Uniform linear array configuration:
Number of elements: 12
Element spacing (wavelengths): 0.75
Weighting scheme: binomial
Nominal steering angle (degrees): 30
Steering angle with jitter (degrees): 29.524
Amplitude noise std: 0.05
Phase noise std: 0.05

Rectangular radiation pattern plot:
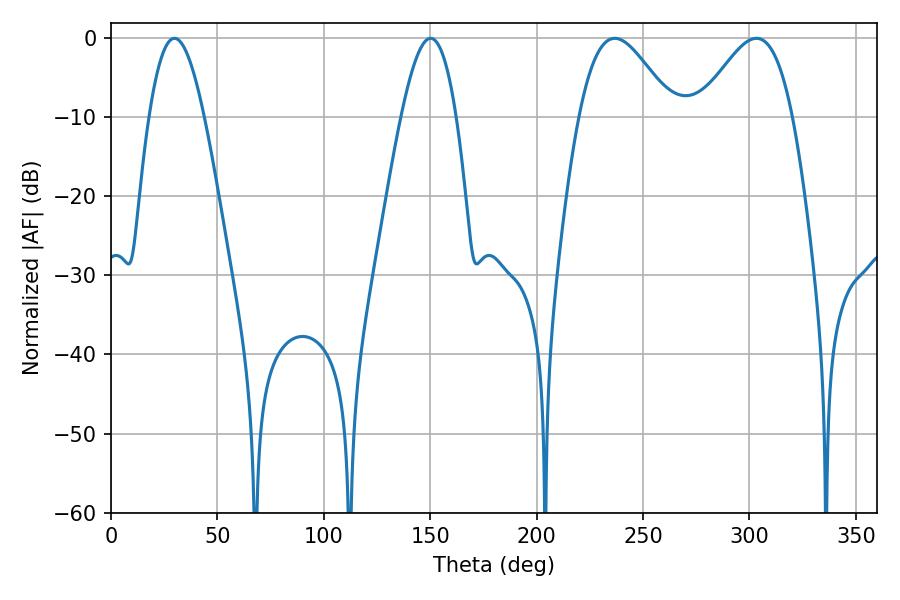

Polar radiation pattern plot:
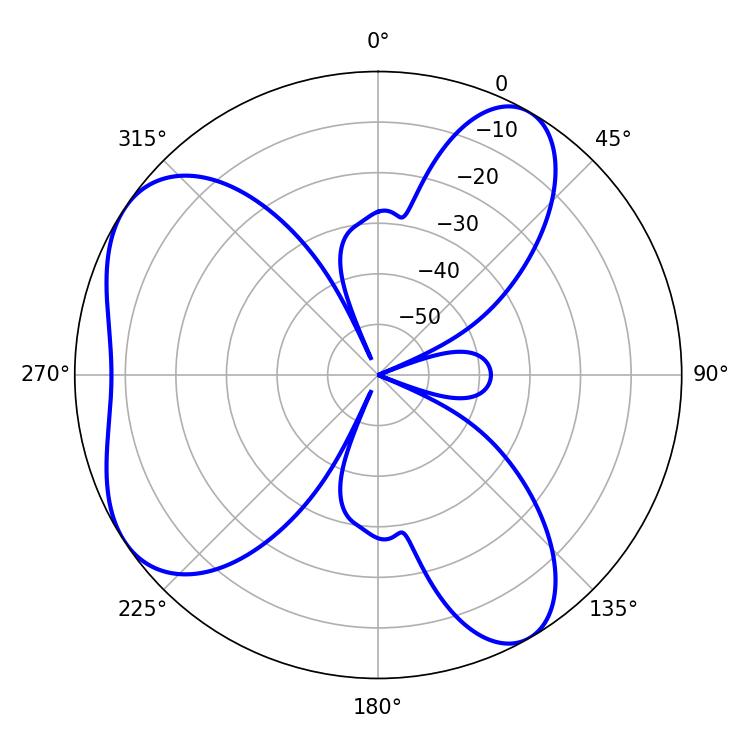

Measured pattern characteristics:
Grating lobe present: TRUE
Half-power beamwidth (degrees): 23.58
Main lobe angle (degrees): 236.7